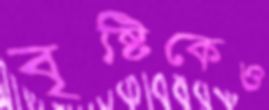
বৃষ্টিকেও